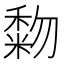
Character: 𥡓